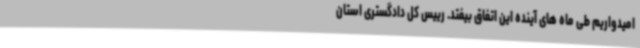
امیدواریم طی ماه های آینده این اتفاق بیفتد. رییس کل دادگستری استان